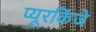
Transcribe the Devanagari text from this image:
प्यूरकिंजे